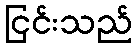
ငြင်းသည်